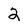
Character: 2